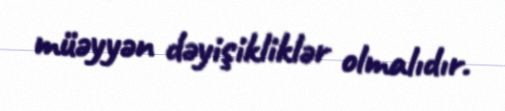
müəyyən dəyişikliklər olmalıdır.